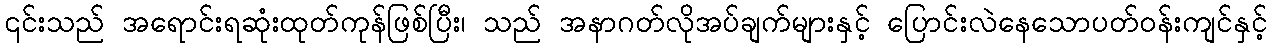
၎င်းသည် အရောင်းရဆုံးထုတ်ကုန်ဖြစ်ပြီး၊ သည် အနာဂတ်လိုအပ်ချက်များနှင့် ပြောင်းလဲနေသောပတ်ဝန်းကျင်နှင့်